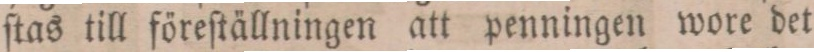
ſtas till föreſtällningen att penningen wore det